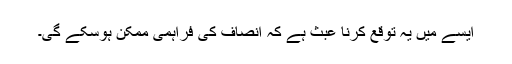
ایسے میں یہ توقع کرنا عبث ہے کہ انصاف کی فراہمی ممکن ہوسکے گی۔